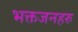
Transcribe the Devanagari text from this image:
भक्तजनहरु